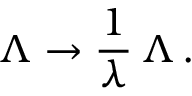
\Lambda \to \frac { 1 } { \lambda } \, \Lambda \, .